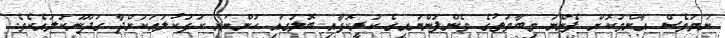
ނަމަވެސް އާންމުކޮށް ފެންނަ މިބާވަތުގެ ވެންފުންނައިގެ ކުރީކޮޅާއި ބޮލުގައި ހުންނަނީ ކަޅުކުލައަކަށްދާ ގަދަނޫކުލައެކެވެ.